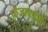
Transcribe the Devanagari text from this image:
फ़ैजाबादमें